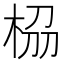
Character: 𭪁